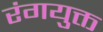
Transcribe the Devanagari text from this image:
रंगयुक्त